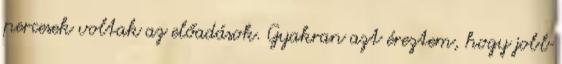
percesek voltak az előadások. Gyakran azt éreztem, hogy jobb